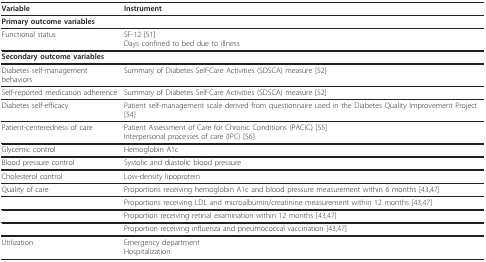
<table><thead><tr><td><b>Variable</b></td><td><b>Instrument</b></td></tr></thead><tbody><tr><td><b>Primary outcome variables</b></td><td></td></tr><tr><td>Functional status</td><td>SF-12 [51]Days confined to bed due to illness</td></tr><tr><td><b>Secondary outcome variables</b></td><td></td></tr><tr><td>Diabetes self-management behaviors</td><td>Summary of Diabetes Self-Care Activities (SDSCA) measure [52]</td></tr><tr><td>Self-reported medication adherence</td><td>Summary of Diabetes Self-Care Activities (SDSCA) measure [52]</td></tr><tr><td>Diabetes self-efficacy</td><td>Patient self-management scale derived from questionnaire used in the Diabetes Quality Improvement Project [54]</td></tr><tr><td>Patient-centeredness of care</td><td>Patient Assessment of Care for Chronic Conditions (PACIC) [55]Interpersonal processes of care (IPC) [56]</td></tr><tr><td>Glycemic control</td><td>Hemoglobin A1c</td></tr><tr><td>Blood pressure control</td><td>Systolic and diastolic blood pressure</td></tr><tr><td>Cholesterol control</td><td>Low-density lipoprotein</td></tr><tr><td>Quality of care</td><td>Proportions receiving hemoglobin A1c and blood pressure measurement within 6 months [43,47]</td></tr><tr><td></td><td>Proportions receiving LDL and microalbumin/creatinine measurement within 12 months [43,47]</td></tr><tr><td></td><td>Proportion receiving retinal examination within 12 months [43,47]</td></tr><tr><td></td><td>Proportion receiving influenza and pneumococcal vaccination [43,47]</td></tr><tr><td>Utilization</td><td>Emergency departmentHospitalization</td></tr></tbody></table>